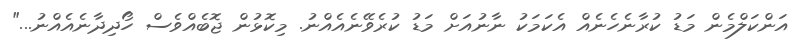
އަންކަލްމެން މަޑު ކުރާނެހެނެއް އެކަމަކު ނާނުއަށް މަޑު ކުރެވޭނެއެއްނު. މިކޮޅުން ޖޮބެއްވެސް ހޯދިދާނެއެއްނު..."